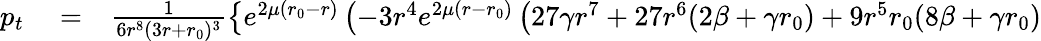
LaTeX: \begin{array}{rlr}{p_{t}}&{{}=}&{\frac{1}{6r^{8}(3r+{r_{0}})^{3}}\left\lbrace e^{2\mu({r_{0}}-r)}\left(-3r^{4}e^{2\mu(r-{r_{0}})}\left(27\gamma r^{7}+27r^{6}(2\beta+\gamma{r_{0}})+9r^{5}{r_{0}}(8\beta+\gamma{r_{0}})\right.\right.\right.}\end{array}